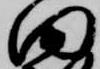
田